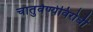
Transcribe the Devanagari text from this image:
चातुर्वर्ण्यविरोधी